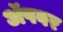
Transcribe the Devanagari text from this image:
अॅपवर